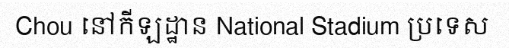
Chou នៅកីឡដ្ឋាន National Stadium ប្រទេស